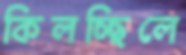
কিলচ্ছিলে